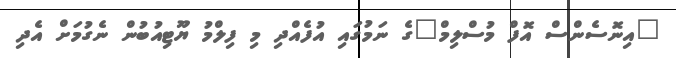
"އިނޮސެންސް އޮފް މުސްލިމް"ގެ ނަމުގައި އުފެއްދި މި ފިލްމު ޔޫޓިއުބުން ނެގުމަށް އެދި